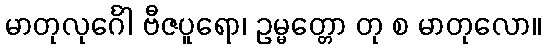
မာတုလုင်္ဂေါ ဗီဇပူရော၊ ဥမ္မတ္တော တု စ မာတုလော။